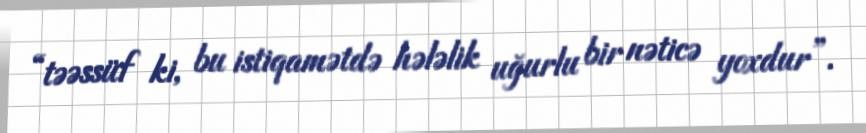
“təəssüf ki, bu istiqamətdə hələlik uğurlu bir nəticə yoxdur”.